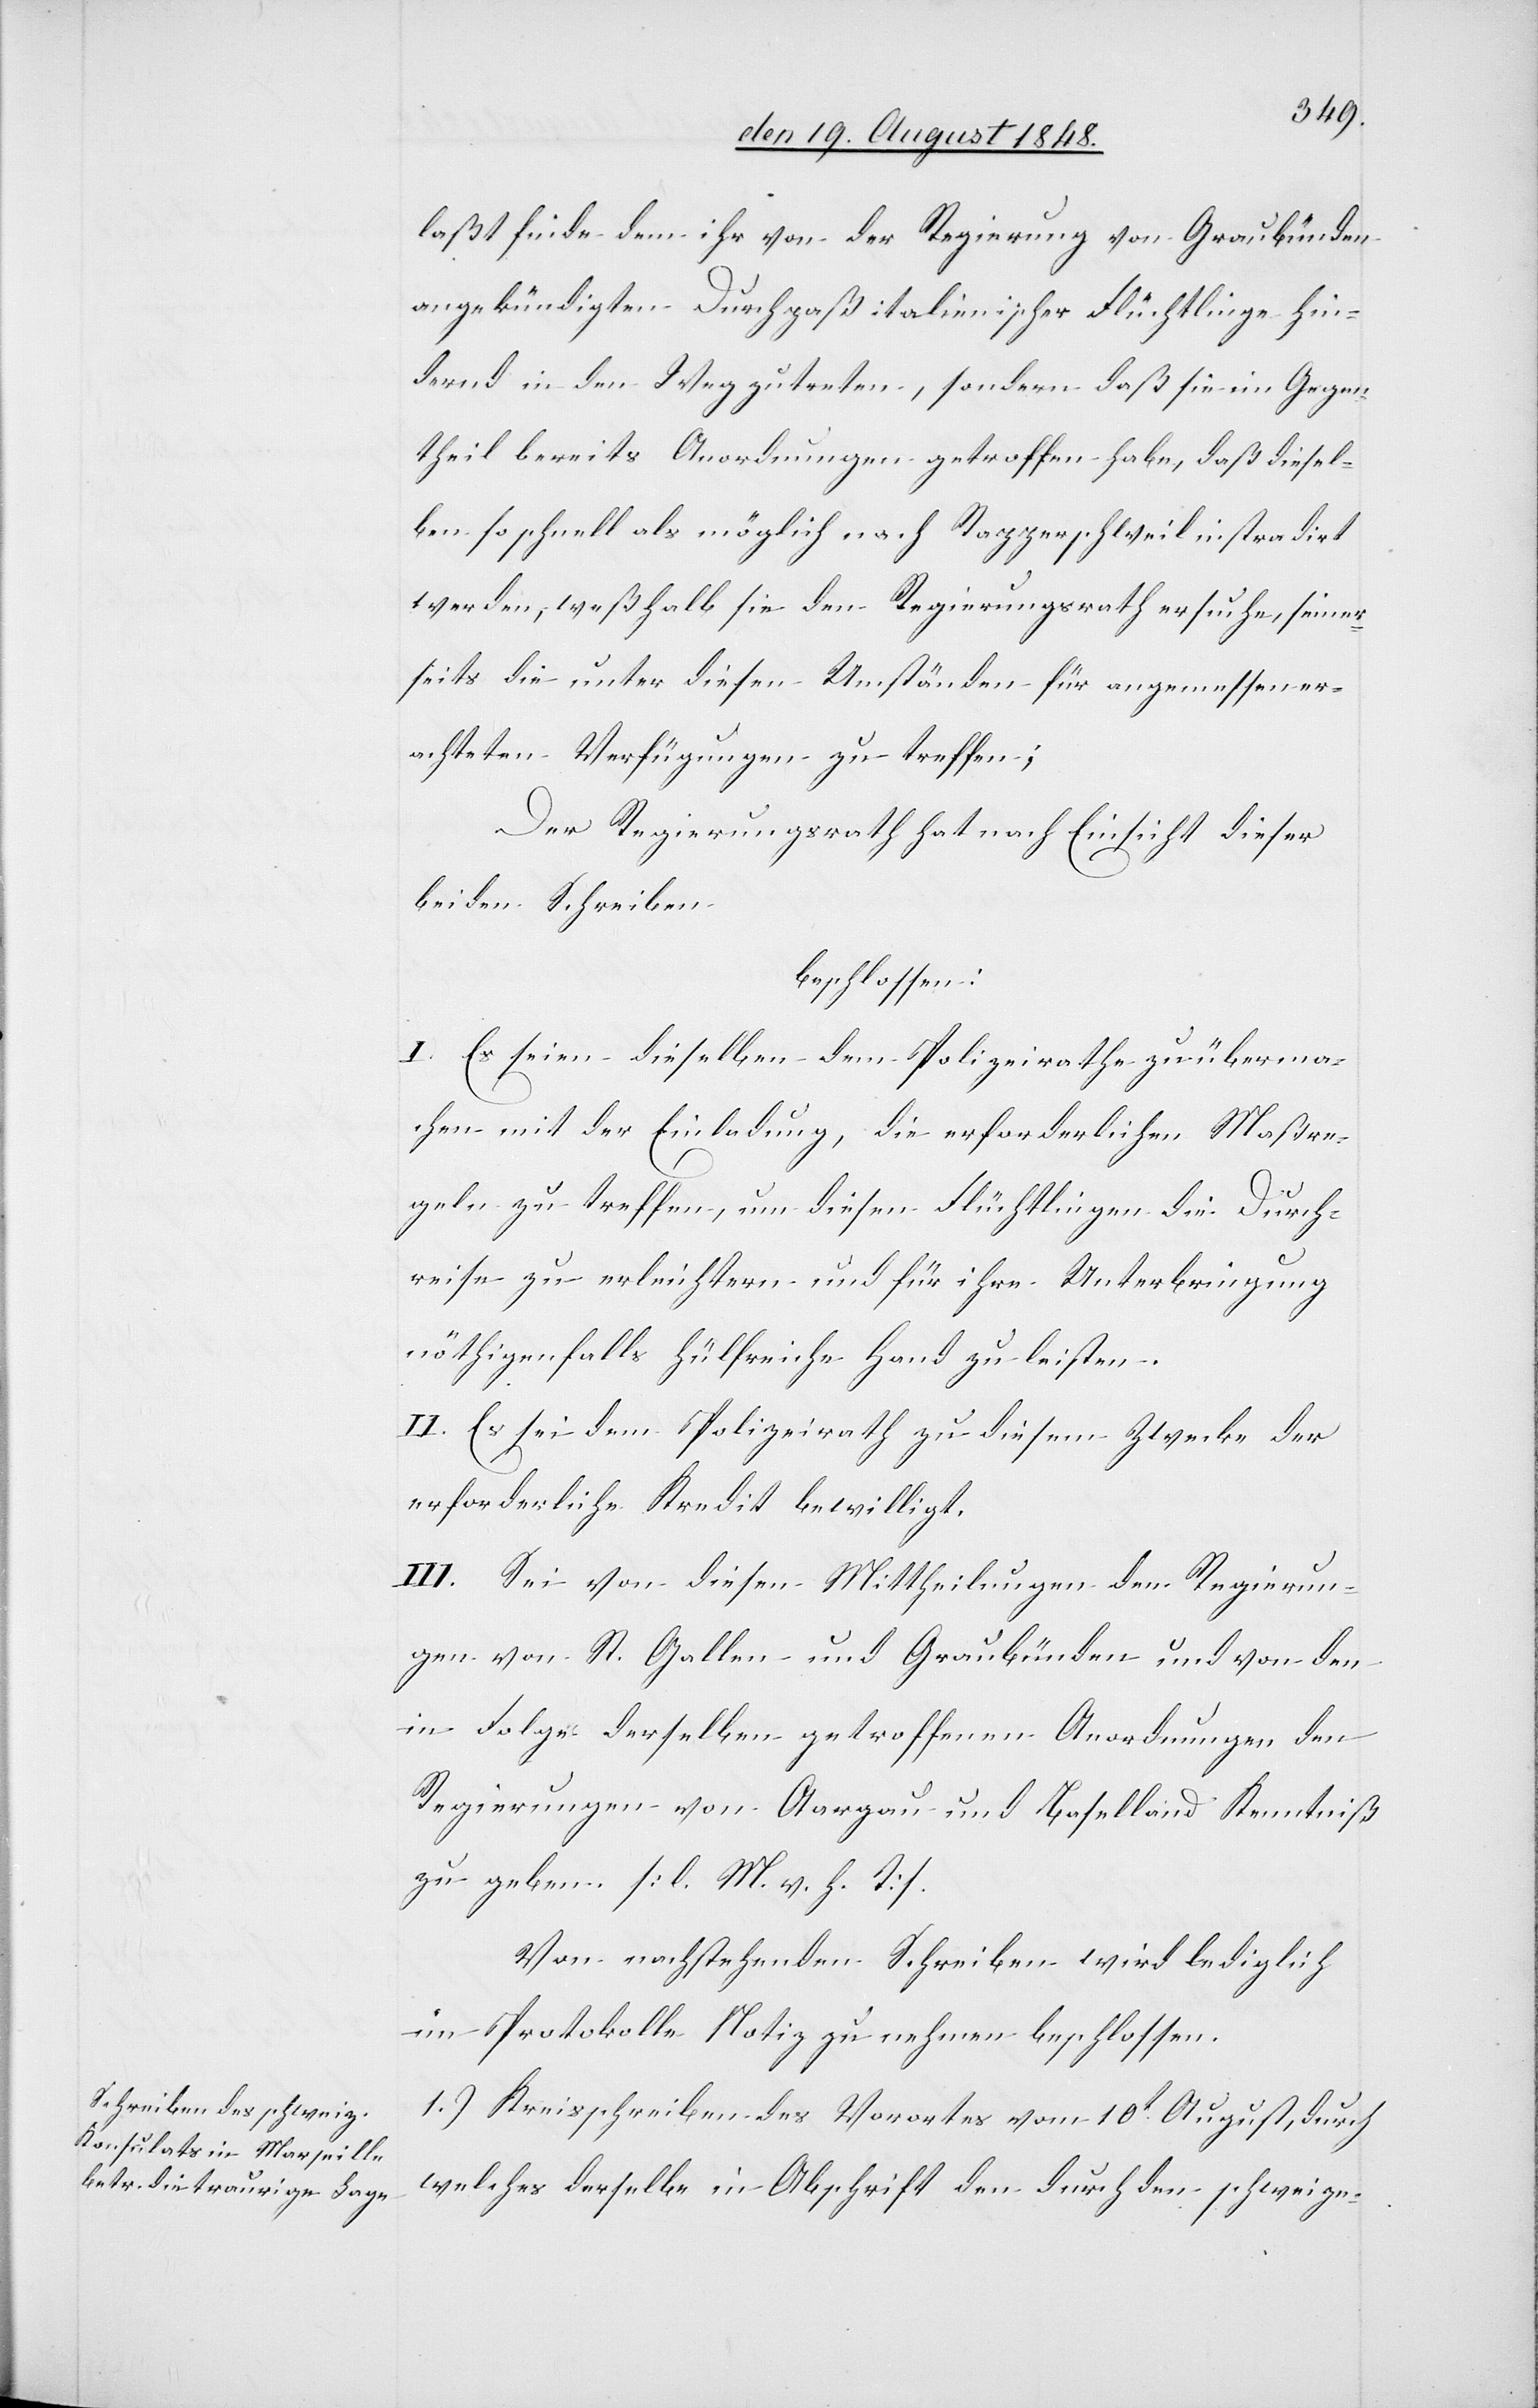
laßt finde dem ihr von der Regierung von Graubünden
angekündigten Durchpaß italienischer Flüchtlinge hin¬
dernd in den Weg zu treten, sondern daß sie im Gegen¬
theil bereits Anordnungen getroffen habe, daß diesel¬
ben so schnell als möglich nach Rapperschweil instradirt
werden, weßhalb sie den Regierungsrath ersuche, seiner¬
seits die unter diesen Umständen für angemessen er¬
achteten Verfügungen zu treffen;
Der Regierungsrath hat nach Einsicht dieser
beiden Schreiben
beschlossen:
I. Es seien dieselben dem Polizeirathe zu überma¬
chen mit der Einladung, die erforderlichen Maßre¬
geln zu treffen, um diesen Flüchtlingen die Durch¬
reise zu erleichtern und für ihre Unterbringung
nöthigenfalls hülfreiche Hand zu leisten.
II. Es sei dem Polizeirath zu diesem Zwecke der
erforderliche Kredit bewilligt.
III. Sei von diesen Mittheilungen den Regierun¬
gen von St. Gallen und Graubünden und von den
in Folge derselben getroffenen Anordnungen den
Regierungen von Aargau und Baselland Kenntniß
zu geben. [l. M. v. h. T]
Von nachstehenden Schreiben wird lediglich
im Protokolle Notiz zu nehmen beschlossen.
1.) Kreisschreiben des Vorortes vom 10t August, durch
welches derselbe in Abschrift den durch den schweizer-